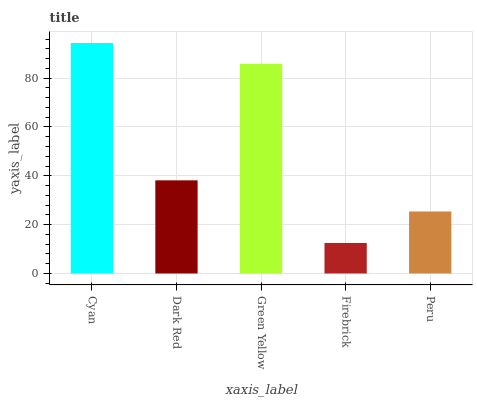
| xaxis_label | bars |
 | --- | --- |
 | Cyan | 94.4 |
 | Dark Red | 38.1 |
 | Green Yellow | 85.9 |
 | Firebrick | 12.5 |
 | Peru | 25.4 |